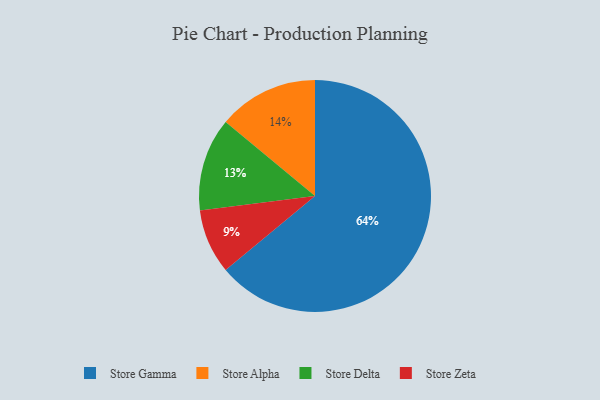
{"axis": {"x": "Category", "y": "Percentage"}, "legend": ["Store Alpha", "Store Delta", "Store Gamma", "Store Zeta"], "data": [{"x": "Store Delta", "y": 13, "type": "Store Delta"}, {"x": "Store Zeta", "y": 9, "type": "Store Zeta"}, {"x": "Store Alpha", "y": 14, "type": "Store Alpha"}, {"x": "Store Gamma", "y": 64, "type": "Store Gamma"}]}